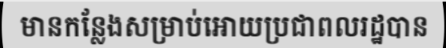
មានកន្លែងសម្រាប់អោយប្រជាពលរដ្ឋបាន